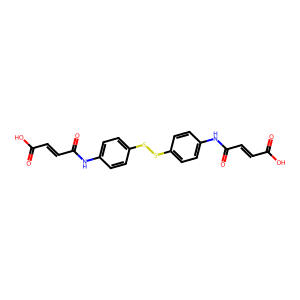
SMILES: O=C(O)C=CC(=O)Nc1ccc(SSc2ccc(NC(=O)C=CC(=O)O)cc2)cc1
Inhibits HIV replication: Yes